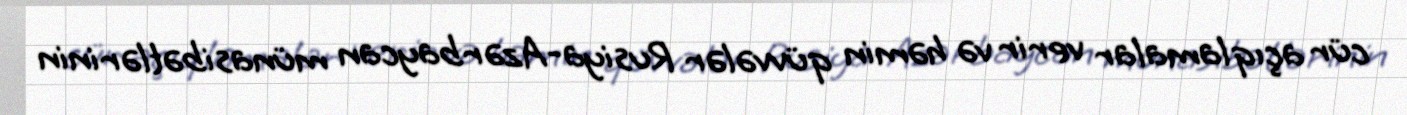
cür açıqlamalar verir və həmin qüvvələr Rusiya-Azərbaycan münasibətlərinin